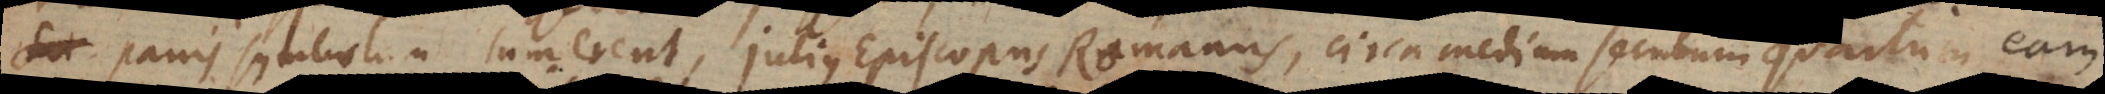
panis symbolum sumerent, Julius Episcopus Romanus, circa medium seculum quartum eam